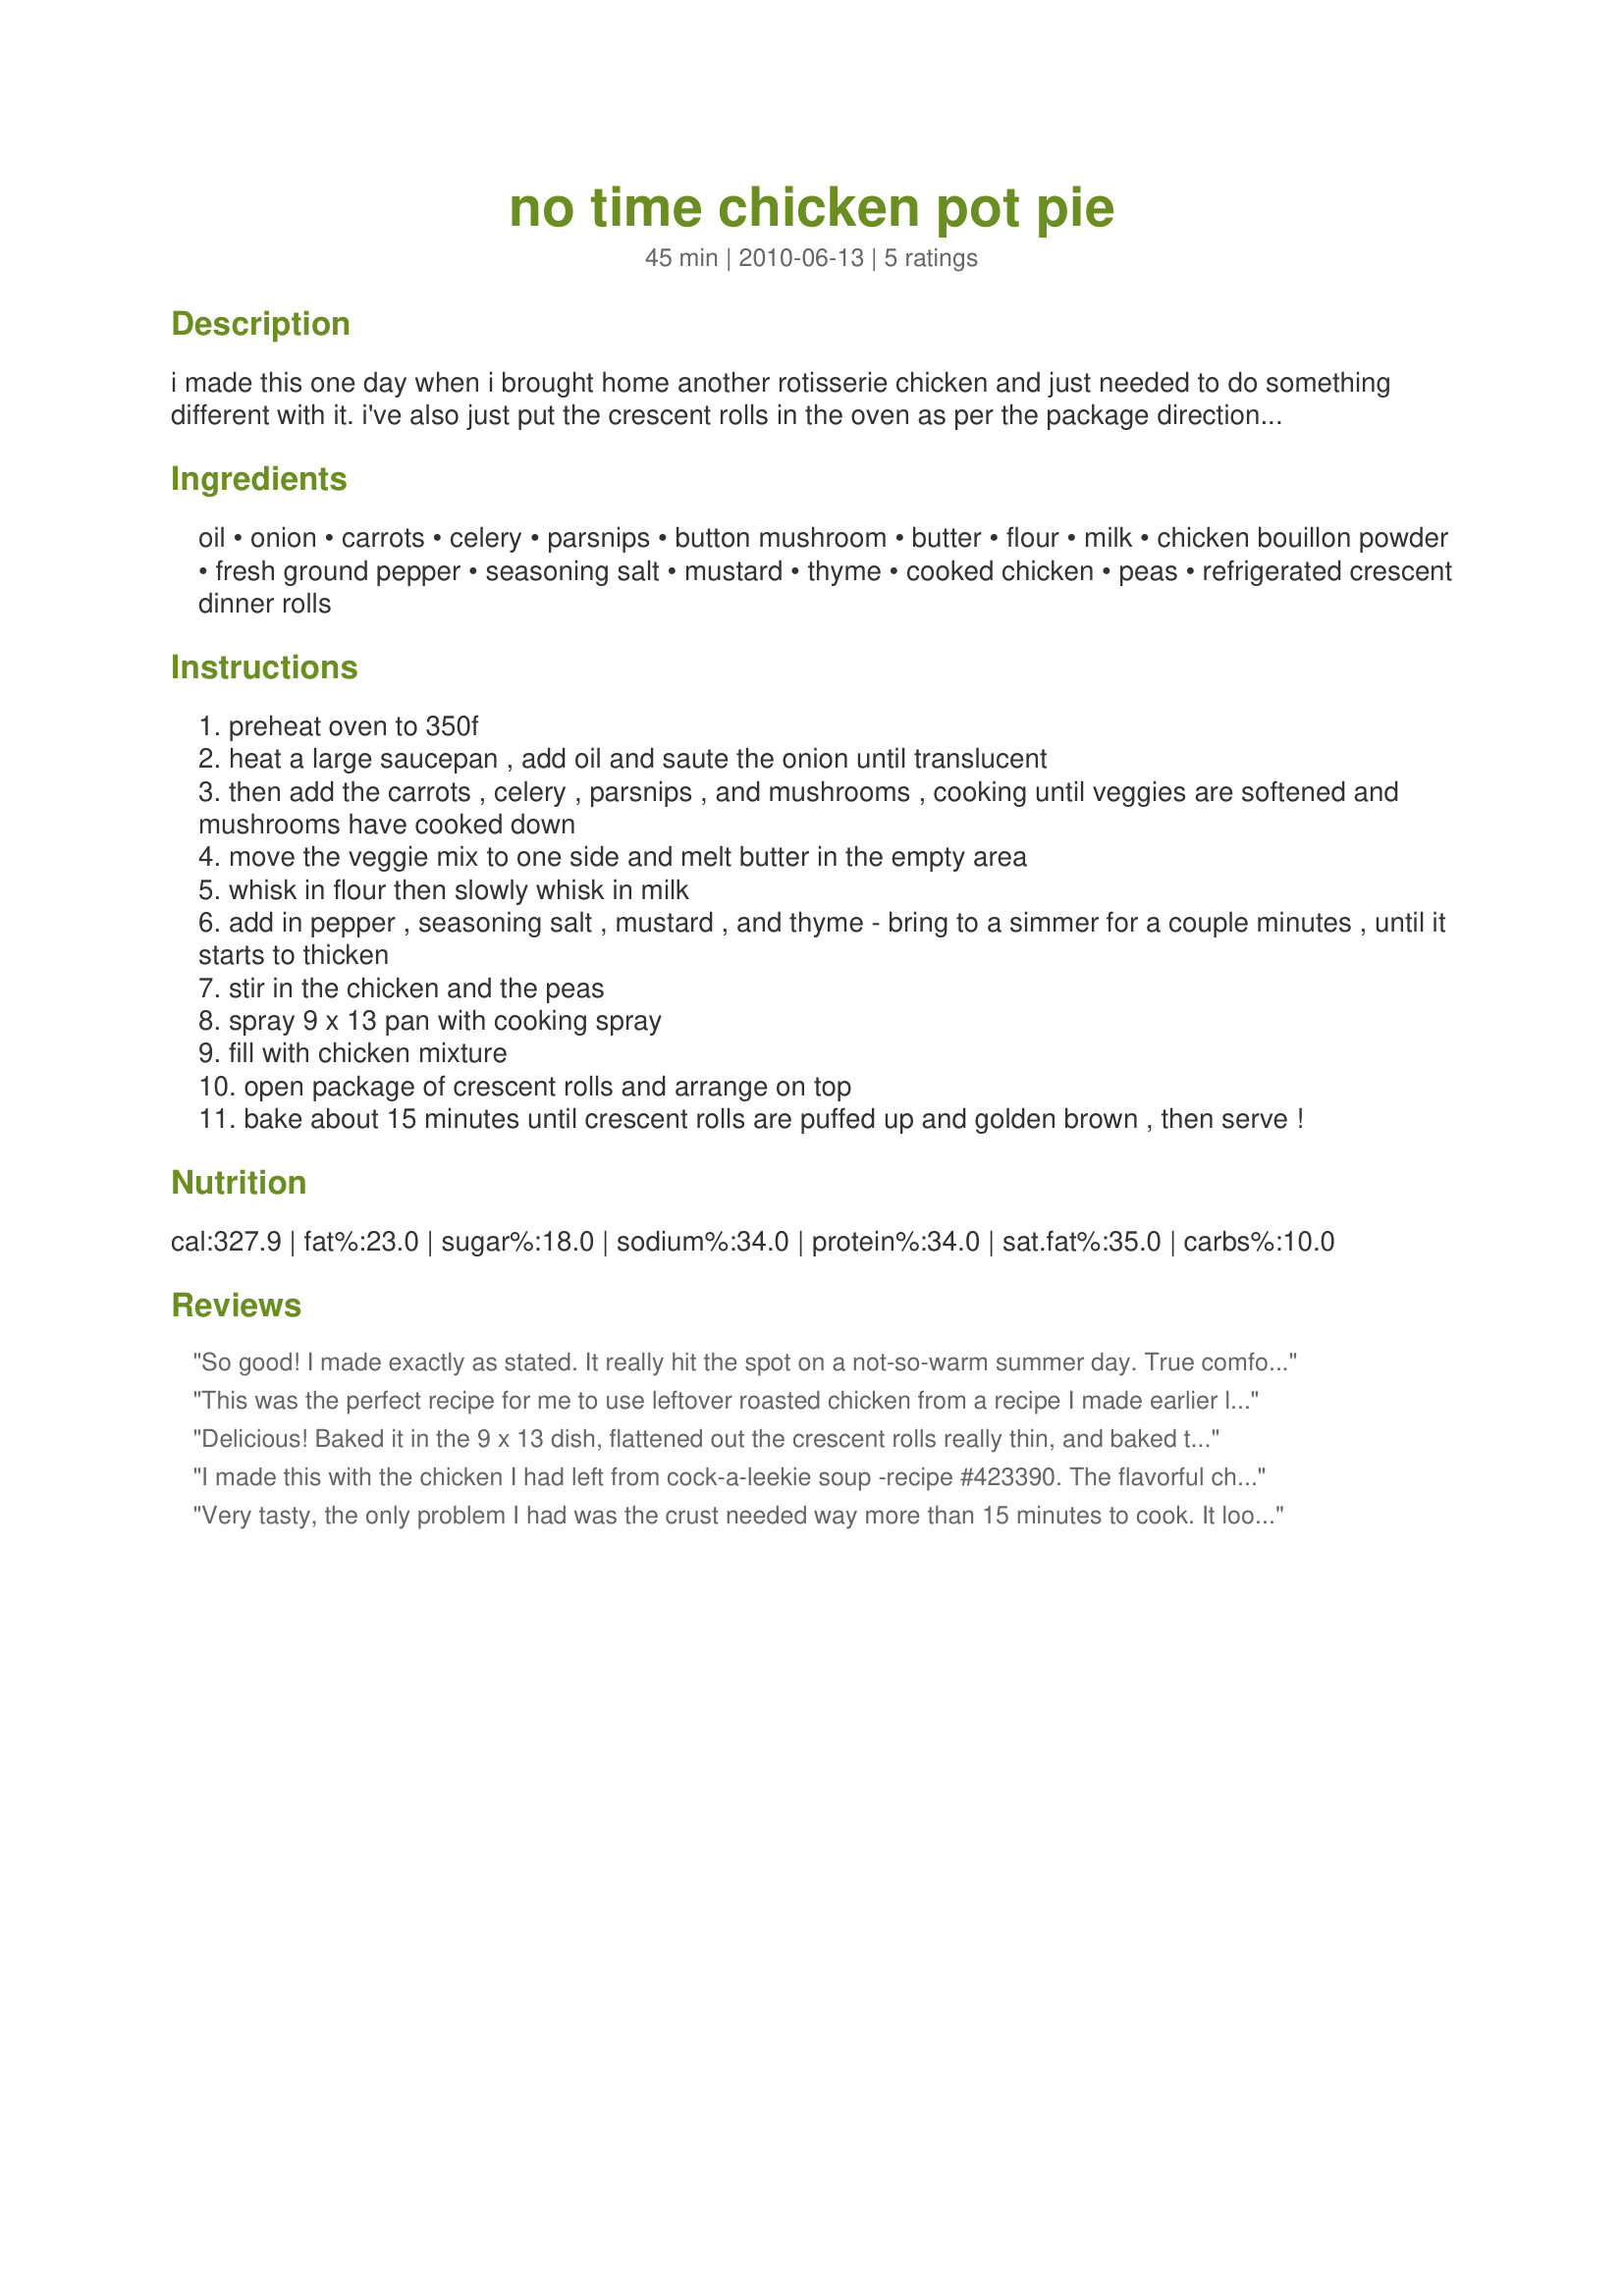
no time chicken pot pie
Preparation time: 45 minutes

i made this one day when i brought home another rotisserie chicken and just needed to do something different with it. i've also just put the crescent rolls in the oven as per the package directions and eaten the filling separate! all the veggie amounts are approximate - i sometimes increase some or even omit one or 2 if i don't have them on hand...

Ingredients:
oil, onion, carrots, celery, parsnips, button mushroom, butter, flour, milk, chicken bouillon powder, fresh ground pepper, seasoning salt, mustard, thyme, cooked chicken, peas, refrigerated crescent dinner rolls

Steps:
preheat oven to 350f
heat a large saucepan , add oil and saute the onion until translucent
then add the carrots , celery , parsnips , and mushrooms , cooking until veggies are softened and mushrooms have cooked down
move the veggie mix to one side and melt butter in the empty area
whisk in flour then slowly whisk in milk
add in pepper , seasoning salt , mustard , and thyme - bring to a simmer for a couple minutes , until it starts to thicken
stir in the chicken and the peas
spray 9 x 13 pan with cooking spray
fill with chicken mixture
open package of crescent rolls and arrange on top
bake about 15 minutes until crescent rolls are puffed up and golden brown , then serve !

Reviews:
So good! I made exactly as stated. It really hit the spot on a not-so-warm summer day. True comfort food. I liked the crescent rolls! Thanks for sharing. Made for ZWT8.
This was the perfect recipe for me to use leftover roasted chicken from a recipe I made earlier last week. I made this in a scaled back version to serve 2, for my lunch, so I only bought the small can of crescent rolls. This is definitely a quick and filling dish. Thanks for sharing the recipe. Made for ZWT8.
Delicious! Baked it in the 9 x 13 dish, flattened out the crescent rolls really thin, and baked the crescent rolls I didn&#039;t need in the toaster oven. Turned out perfect, and the filling was just delicious. Will most definitely make this one again!
I made this with the chicken I had left from cock-a-leekie soup -recipe #423390. The flavorful chicken, added to this wonderful filling recipe resulted in the best chicken pie I have ever eaten. I used my own crust, since I had some ready. I will use your recipe often. Thanks for sharing.
Very tasty, the only problem I had was the crust needed way more than 15 minutes to cook. It looked ok on top, but when we cut into it the underside was raw. We 'flipped' it and re-baked for another 15 minutes. Didn't look the greatest, but tasted good. Thanks Cadillacgirl!
